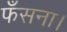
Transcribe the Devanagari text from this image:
फँसना।